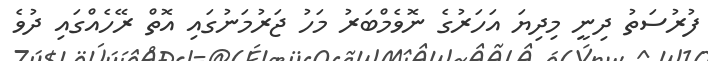
ފުރުސަތު ދިނީ މިދިޔަ އަހަރުގެ ނޮވެމްބަރު މަހު ޖަރުމަނުގައި އޮތް ރޭހެއްގައި ދުވެ